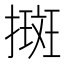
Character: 𢴬